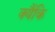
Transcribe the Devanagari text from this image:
क्यैंकि